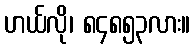
ဟယ်လို၊ ၈၄၈၅၃လား။